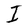
Character: I